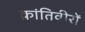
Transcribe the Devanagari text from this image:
क्रांतिवीरों